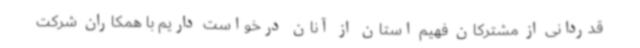
قدردانی از مشترکان فهیم استان از آنان درخواست داریم با همکاران شرکت